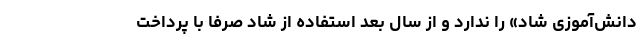
دانش‌آموزی شاد» را ندارد و از سال بعد استفاده از شاد صرفا با پرداخت